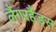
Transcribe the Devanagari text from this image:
लैंगरहैंड्स